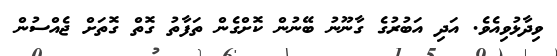
ވިދާޅުވިއެވެ. އަދި އަބުރުގެ ގާނޫނު ބޭނުން ކޮށްގެން ތަފާތު ގޮތް ގޮތަށް ޖެއްސުން